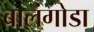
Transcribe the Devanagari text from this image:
बालंगोडा